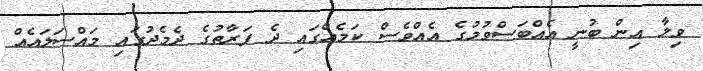
ވިލާ އިން ބުނީ އެއްބަސްވުމުގެ އެއްވެސް ކަމެއްގައި ދެ ފަރާތުގެ ދެމެދުގައި މައްސަލައެއް